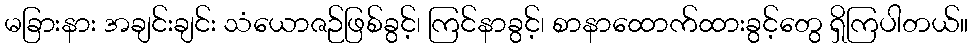
မခြားနား အချင်းချင်း သံယောဇဉ်ဖြစ်ခွင့်၊ ကြင်နာခွင့်၊ စာနာထောက်ထားခွင့်တွေ ရှိကြပါတယ်။